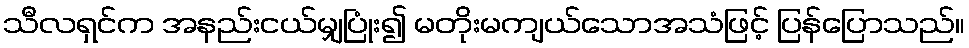
သီလရှင်က အနည်းငယ်မျှပြုံး၍ မတိုးမကျယ်သောအသံဖြင့် ပြန်ပြောသည်။